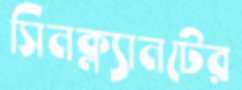
সিনক্ল্যানটের